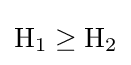
\textstyle \mathrm {H} _{1}\geq \mathrm {H} _{2}